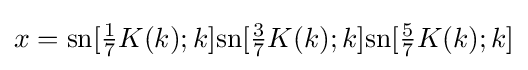
x={\text{sn}}[{\tfrac {1}{7}}K(k);k]{\text{sn}}[{\tfrac {3}{7}}K(k);k]{\text{sn}}[{\tfrac {5}{7}}K(k);k]